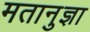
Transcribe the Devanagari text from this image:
मतानुज्ञा